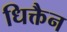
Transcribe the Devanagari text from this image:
धिक्तैन